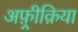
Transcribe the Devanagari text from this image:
अफ़्रीक़िया